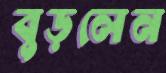
বুড়লেন